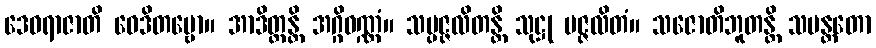
ဒေဝရာဇာတိ ဝေဒိတဗ္ဗော။ အာဒိတ္တန္တိ အဂ္ဂိဝဏ္ဏံ။ သမ္ပဇ္ဇလိတန္တိ သုဋ္ဌု ပဇ္ဇလိတံ။ သဇောတိဘူတန္တိ သမန္တတော